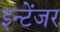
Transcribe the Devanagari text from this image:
इन्टेंजर